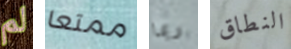
لم ممتعا ربما النطاق